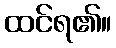
ထင်ရ၏။